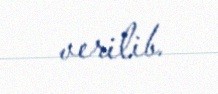
verilib.